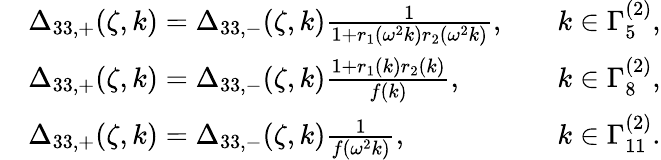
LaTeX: \begin{array}{rlrl}&{\Delta_{33,+}(\zeta,k)=\Delta_{33,-}(\zeta,k)\frac{1}{1+r_{1}(\omega^{2}k)r_{2}(\omega^{2}k)},}&&{k\in\Gamma_{5}^{(2)},}\\ &{\Delta_{33,+}(\zeta,k)=\Delta_{33,-}(\zeta,k)\frac{1+r_{1}(k)r_{2}(k)}{f(k)},}&&{k\in\Gamma_{8}^{(2)},}\\ &{\Delta_{33,+}(\zeta,k)=\Delta_{33,-}(\zeta,k)\frac{1}{f(\omega^{2}k)},}&&{k\in\Gamma_{11}^{(2)}.}\end{array}